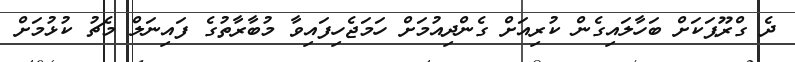
ދެ ގްރޫޕަކަށް ބަހާލައިގެން ކުރިއަށް ގެންދިއުމަށް ހަމަޖެހިފައިވާ މުބާރާތުގެ ފައިނަލް މެޗު ކުޅުމަށް